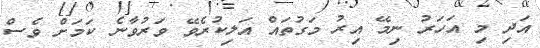
އަދި މި އަހަރު ނިމޭ އިރު މަގުތައް އަލިކުރެވޭ ވަރުވާނެ ކަމަށް ވެސް